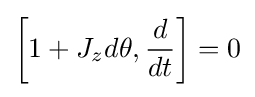
\left[1+J_{z}d\theta ,{\frac {d}{dt}}\right]=0